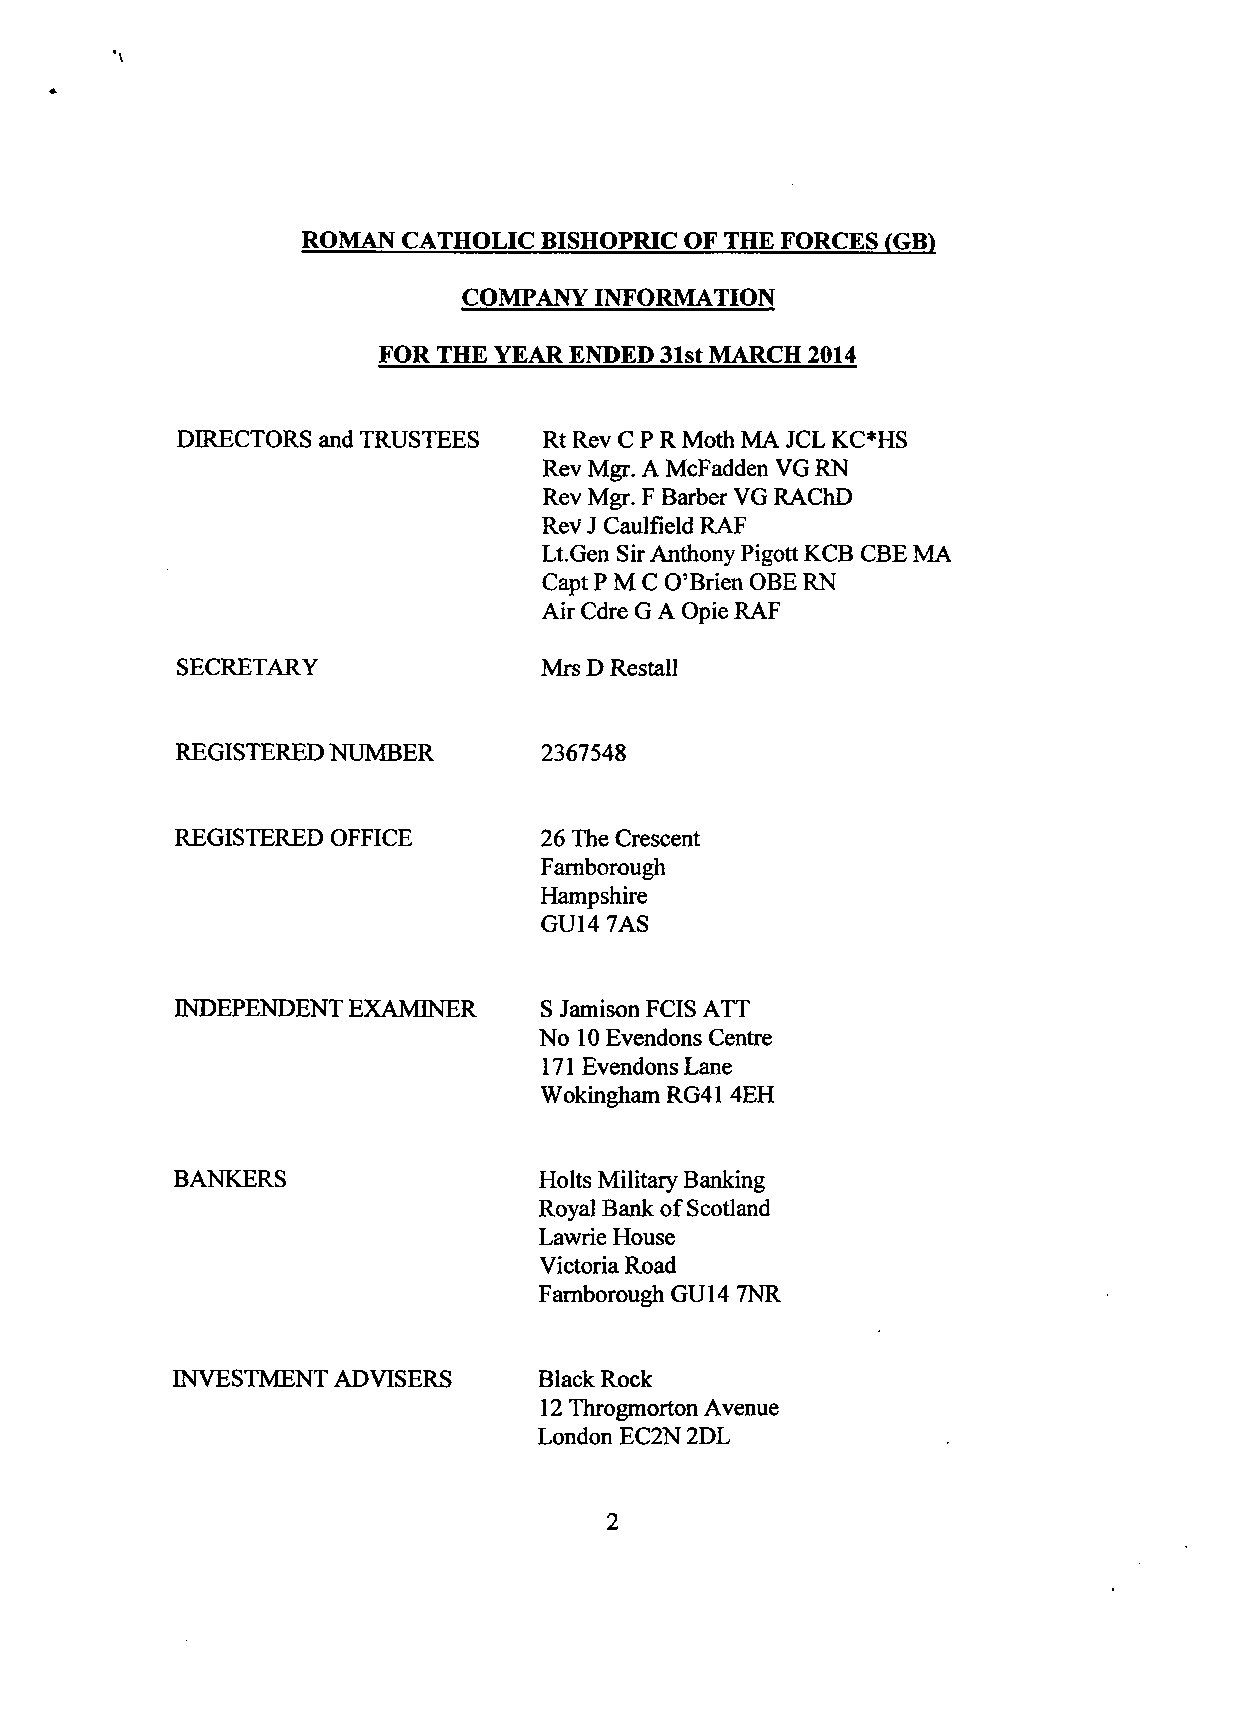
ROMAN  CATHOLIC BISHOPRIC OF THE FORCES (GB)
 COMPANY  INFORMATION
 FOR THE YEAR ENDED 31st MARCH 2014
 DIRECTORS and TRUSTEES  Rt Rev C P R Moth MA JCL KC*HS
 Rev Mgr. A McFadden VG RN
 Rev Mgr. F Barber VG RAChD
 ReV J Caulfield RAF
 Lt.Gen Sir Anthony Pigott KCB CBE MA
 Capt PMC O'Brien OBE RN
 Air Cdre G A Opie RAF
 SECRETARY               Mrs D Restall
 REGISTERED NUMBER       2367548
 REGISTERED OFFICE       26 The Crescent
 Farnborough
 Hampshire
 GUM 7AS
 INDEPENDENT EXAMINER    S Jamison FCIS ATT
 No 10 Evendons Centre
 171 Evendons Lane
 Wokingham RG41 4EH
 BANKERS                  Holts Military Banking
 Royal Bank of Scotland
 Lawrie House
 Victoria Road
 Farnborough GUM 7NR
 INVESTMENT ADVISERS      Black Rock
 12 Throgmorton Avenue
 London EC2N 2DL
 2